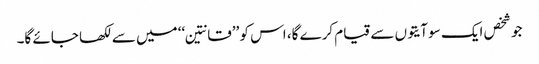
جو شخص ایک سو آیتوں سے قیام کرے گا، اس کو ’’قانتین‘‘ میں سے لکھا جائے گا۔